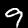
Label: 9